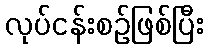
လုပ်ငန်းစဉ်ဖြစ်ပြီး